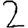
Digit: 2